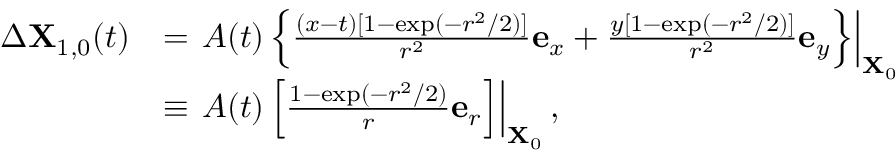
\begin{array} { r l } { \Delta \mathbf { X } _ { 1 , 0 } ( t ) } & { = \left. A ( t ) \left\{ \frac { ( x - t ) [ 1 - \exp ( - r ^ { 2 } / 2 ) ] } { r ^ { 2 } } \mathbf { e } _ { x } + \frac { y [ 1 - \exp ( - r ^ { 2 } / 2 ) ] } { r ^ { 2 } } \mathbf { e } _ { y } \right\} \right\vert _ { \mathbf { X } _ { 0 } } } \\ & { \equiv \left. A ( t ) \left[ \frac { 1 - \exp ( - r ^ { 2 } / 2 ) } { r } \mathbf { e } _ { r } \right] \right\vert _ { \mathbf { X } _ { 0 } } , } \end{array}